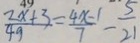
\frac { 2 x + 3 } { 4 9 } = \frac { 4 x - 1 } { 7 } - \frac { 5 } { 2 1 }